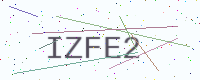
Text: IZFE2